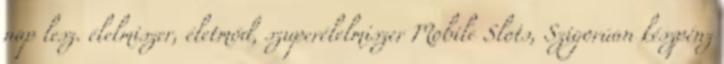
nap lesz. élelmiszer, életmód, szuperélelmiszer Mobile Slots, Szigorúan készpénz